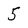
Character: 5